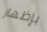
بإظهار